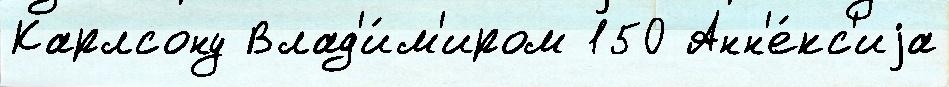
Карлсону Влад'и́м'иром 150 Анн'е́кс'иjа